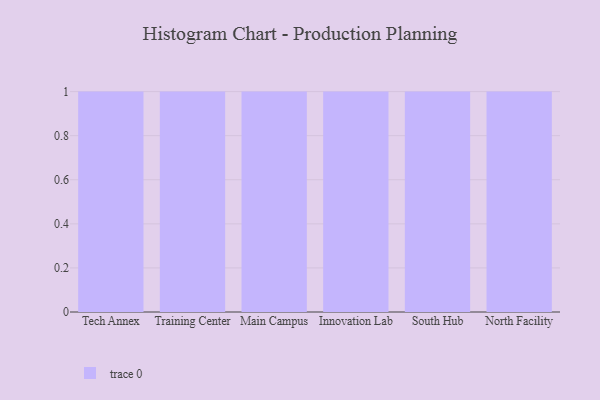
{"axis": {"x": "Campus", "y": "Net Income (USD K)"}, "legend": [""], "data": [{"x": "Tech Annex", "y": 75, "type": ""}, {"x": "Training Center", "y": 38, "type": ""}, {"x": "Main Campus", "y": 83, "type": ""}, {"x": "Innovation Lab", "y": 10, "type": ""}, {"x": "South Hub", "y": 25, "type": ""}, {"x": "North Facility", "y": 14, "type": ""}]}